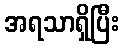
အရသာရှိပြီး